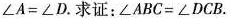
$$\angle A=\angle D$$.求证：$$\angle ABC=\angle DCB$$。